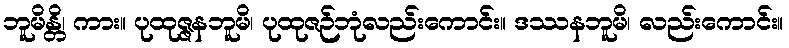
ဘူမိန္တိ၊ ကား။ ပုထုဇ္ဇနဘူမိ၊ ပုထုဇဉ်ဘုံလည်းကောင်း။ ဒဿနဘူမိ၊ လည်းကောင်း။